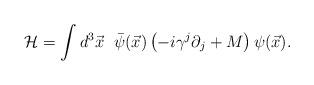
LaTeX: \begin{align*}{\cal H} = \int d^3{\vec x} \hspace{0.1in}\bar{\psi}({\vec x})\left( -i \gamma^{j} \partial_{j} + M \right)\psi({\vec x}).\end{align*}